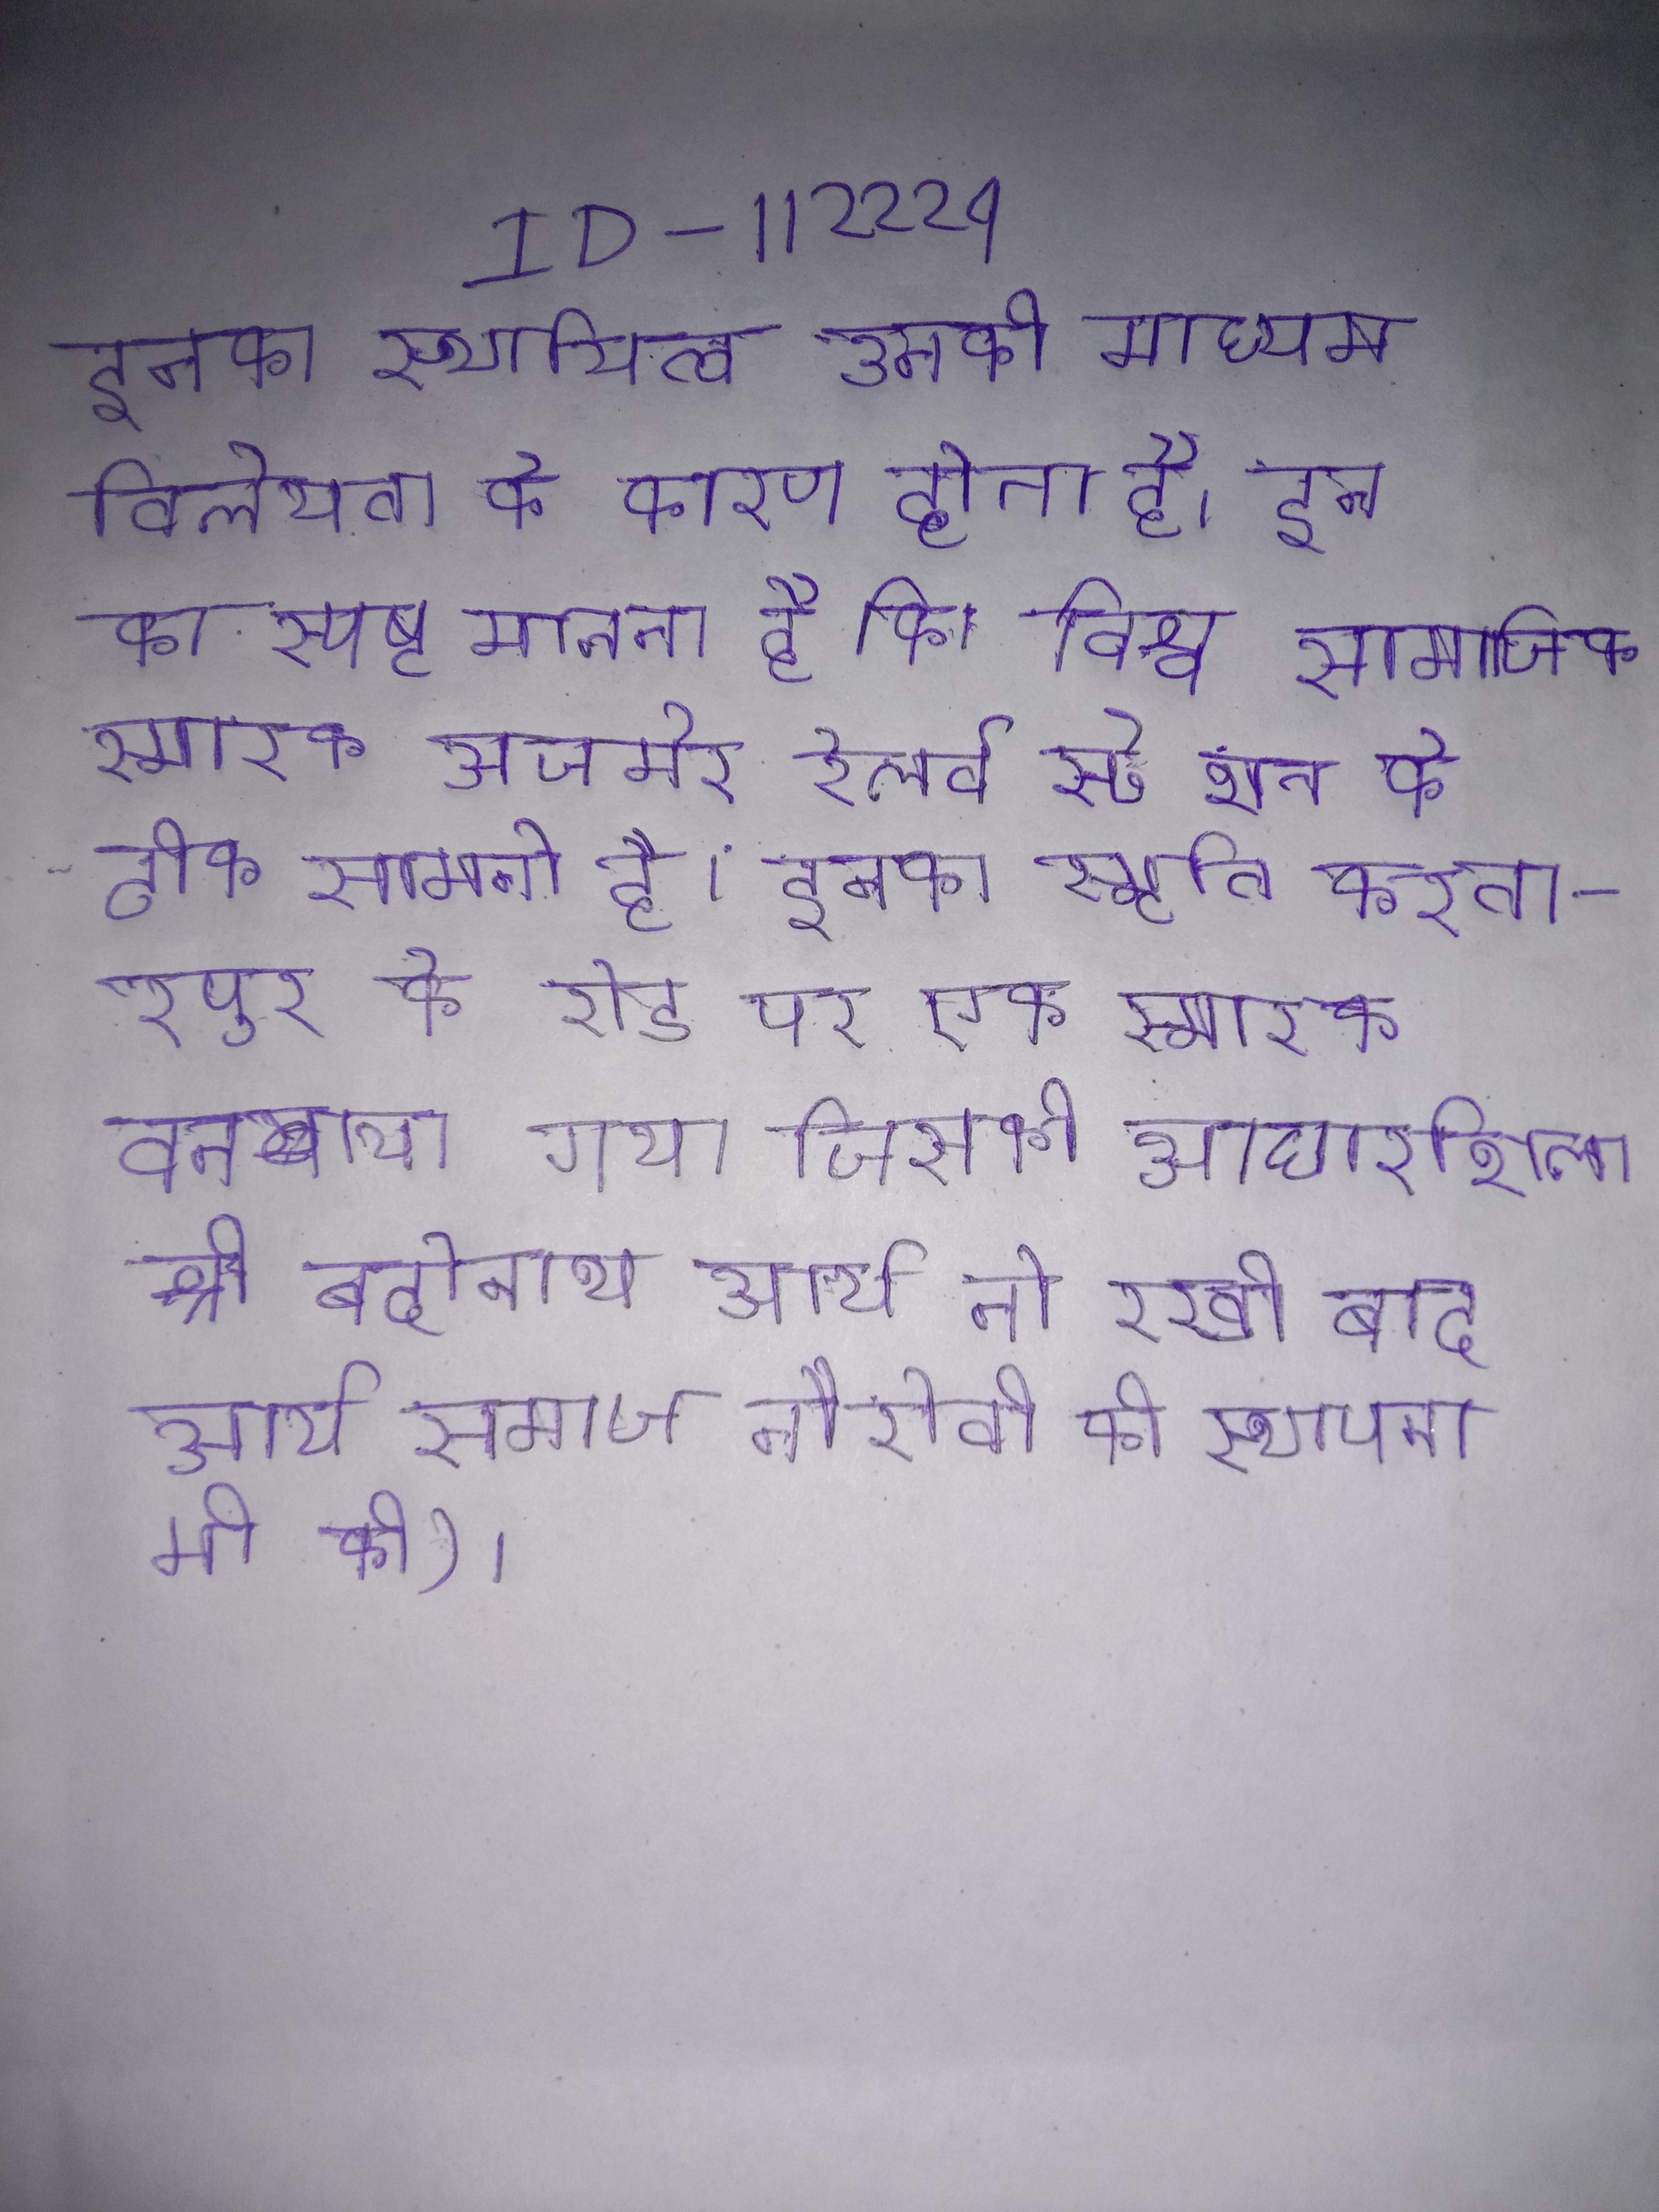
इनका स्थायित्व उनकी माध्यम विलेयता के कारण होता है । इन का स्पष्ट मानना है कि विश्व सामाजिक समन्वय स्थापित करने की अद्भुत है । इनका स्पष्टीकरण निम्नलिखित । इनका स्मारक अजमेर रेलवे स्टेशन के ठीक सामने है । इनका स्मृति करतारपुर के रोड पर एक स्मारक बनवाया गया जिसकी आधारशिला श्री बद्रीनाथ आर्य ने रखी बाद आर्य समाज नैरोबी की स्थापना भी की) ।